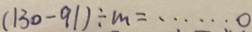
( 1 3 0 - 9 1 ) \div m = \cdots o